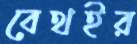
বেথইর